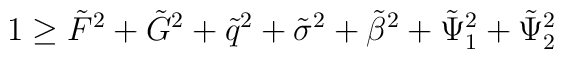
1\geq \tilde F^2 + \tilde G^2 +\tilde q^2 +\tilde \sigma^2 +\tilde \beta^2+\tilde \Psi_1^2 +\tilde \Psi_2^2